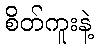
စိတ်ကူးနဲ့